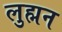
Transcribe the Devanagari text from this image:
लुह्मन